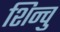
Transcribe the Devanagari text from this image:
शिन्वु